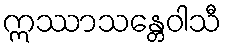
ဣဿာသန္တေဝါသီ